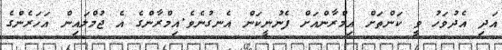
އަދި އެދުވަހު ވީ ކަންތަށް އިމްރާންއަށް ފެނުނީކަން އެނގުނެވެ.އިމްރާންގެ އެ ޖުމްލައިން އަހަރެންގެ